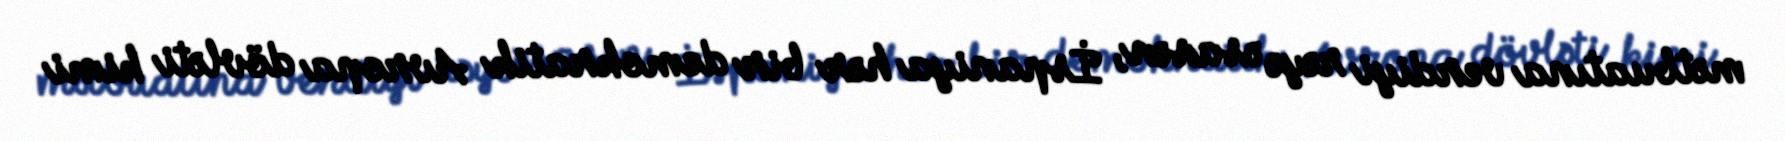
mətbuatına verdiyi rəyə əsasən, İspaniya hər bir demokratik Avropa dövləti kimi